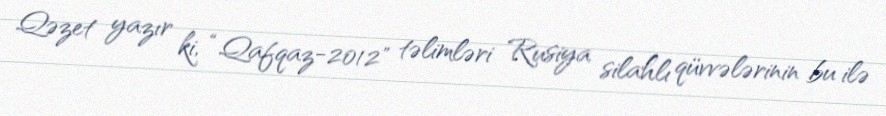
Qəzet yazır ki, “Qafqaz-2012" təlimləri Rusiya silahlı qüvvələrinin bu ilə